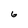
Character: 6